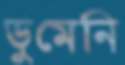
ডুমেনি